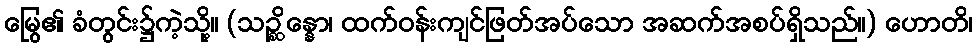
မြွေ၏ ခံတွင်း၌ကဲ့သို့။ (သဉ္ဆိန္နော၊ ထက်ဝန်းကျင်ဖြတ်အပ်သော အဆက်အစပ်ရှိသည်။) ဟောတိ၊